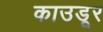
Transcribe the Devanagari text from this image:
काउडूर